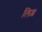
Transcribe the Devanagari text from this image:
लिव्र